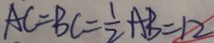
A C = B C = \frac { 1 } { 2 } A B = 1 2